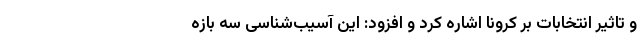
و تاثیر انتخابات بر کرونا اشاره کرد و افزود: این آسیب‌شناسی سه بازه